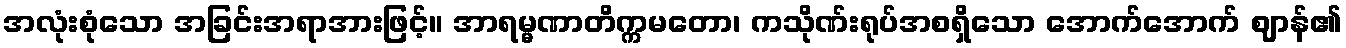
အလုံးစုံသော အခြင်းအရာအားဖြင့်။ အာရမ္မဏာတိက္ကမတော၊ ကသိုဏ်းရုပ်အစရှိသော အောက်အောက် ဈာန်၏